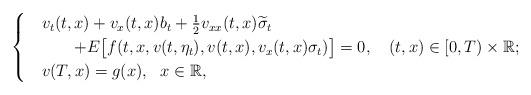
LaTeX: \begin{align*} \begin{cases} &v_{t}(t,x) +v_{x}(t,x)b_{t} + \frac{1}{2}v_{xx}(t,x)\widetilde{\sigma}_{t} \\ &\ \ \ \ \ \ + E\big[f(t,x,v(t,\eta_{t}),v(t,x),v_{x}(t,x)\sigma_{t})\big]=0, \ \ \ (t,x)\in [0,T)\times \mathbb{R}; \\ & v(T,x)=g(x), \ \ x\in \mathbb{R}, \end{cases}\end{align*}